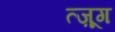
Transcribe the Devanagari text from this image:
त्ज़ूग